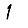
Digit: 1